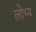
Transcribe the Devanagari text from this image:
लोभ्य